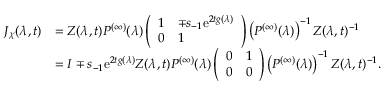
\begin{array} { r l } { J _ { \chi } ( \lambda , t ) } & { = Z ( \lambda , t ) P ^ { ( \infty ) } ( \lambda ) \left( \begin{array} { l l } { 1 } & { \mp s _ { - 1 } \mathrm { e } ^ { 2 t g ( \lambda ) } } \\ { 0 } & { 1 } \end{array} \right) \left( P ^ { ( \infty ) } ( \lambda ) \right) ^ { - 1 } Z ( \lambda , t ) ^ { - 1 } } \\ & { = I \mp s _ { - 1 } \mathrm { e } ^ { 2 t g ( \lambda ) } Z ( \lambda , t ) P ^ { ( \infty ) } ( \lambda ) \left( \begin{array} { l l } { 0 } & { 1 } \\ { 0 } & { 0 } \end{array} \right) \left( P ^ { ( \infty ) } ( \lambda ) \right) ^ { - 1 } Z ( \lambda , t ) ^ { - 1 } . } \end{array}